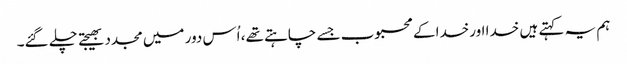
ہم یہ کہتے ہیں خدا اورخدا کے محبوب جسے چاہتے تھے، اُس دور میں مجدد بھیجتے چلے گئے۔